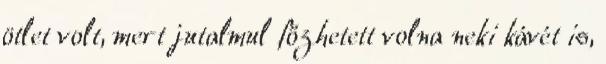
ötlet volt, mert jutalmul főzhetett volna neki kávét is,